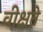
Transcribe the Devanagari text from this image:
वीक्षते